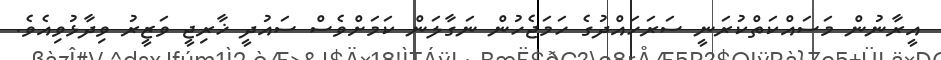
އީރާނުން މަސައްކަތްކުރަނީ ސަރަހައްދުގެ ހަމަޖެހުން ނަގާލަން ކަމަށްވެސް ސައުދީ ޚާރިޖީ ވަޒީރު ވިދާޅުވިއެވެ.